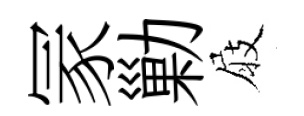
冡勦屐